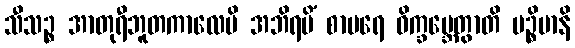
သီသဉ္စ အာတုရီဘူတကာလေပိ အဘိရမိံ စာမရေ ဝိက္ခမ္ဘေတွာတိ ပဉ္စိမာနိ